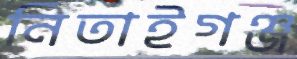
নিতাইগঞ্জ